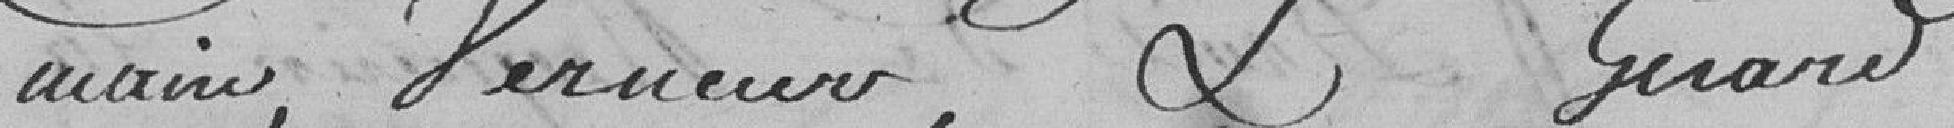
maio, Perueuro, & Guano